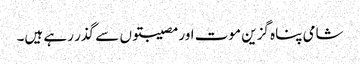
شامی پناہ گزین موت اور مصیبتوں سے گذر رہے ہیں۔